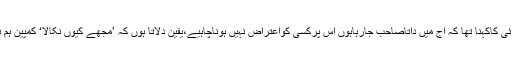
چیئرمین پی ٹی آئی کاکہنا تھا کہ آج میں داتاصاحب جارہاہوں اس پرکسی کواعتراض نہیں ہوناچاہیے،یقین دلاتا ہوں کہ ’مجھے کیوں نکالا‘ کمپین ہم نہیں چلائیں گے۔